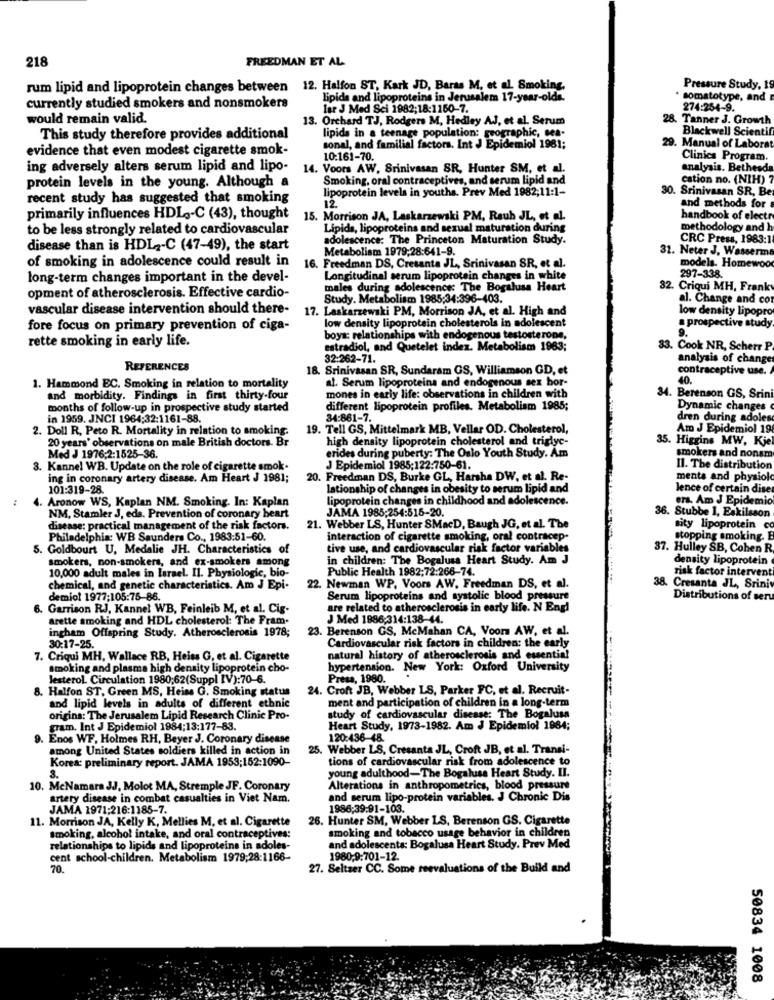
218
FREEDMAN ET AL
rum lipid and lipoprotein changes between 12. Halfon ST, Kark JD, Baras M. et al. Smoking,
Pressure Study, 1
lipids and lipoproteins in Jerusalem 17-year-olda.
. somatotype, and
currently studied smokers and nonsmokers
lar J Med Sci 1982;18:1160-7.
274:254-9.
would remain valid.
13. Orchard TJ, Rodgers M, Hedley AJ, et al. Serum
28. Tanner J. Growth
lipids in a teenage population: geographic, sea-
Blackwell Scientif
This study therefore provides additional
evidence that even modest cigarette smok-
sonal, and familial factors. Int J Epidemiol 1981;
29. Manual of Laborat
10:161-70.
Clinics Program.
ing adversely alters serum lipid and lipo-
14. Voors AW, Srinivasan SR, Hunter SM, et al.
analysis. Bethesda
Smoking, oral contraceptives, and serum lipid and
cation no. (NIH) 7
protein levels in the young. Although a
lipoprotein levels in youths. Prev Med 1982;11:1-
30. Srinivasan SR, Be
recent study has suggested that smoking
12
and methods for
primarily influences HDL .- C (43), thought
15. Morrison JA, Laskarzewski PM, Rauh JL, et al.
handbook of electr
to be less strongly related to cardiovascular
Lipids, lipoproteins and sexual maturation during
methodology and h
adolescence: The Princeton Maturation Study.
CRC Press, 1983:1
disease than is HDL ,- C (47-49), the start
Metabolism 1979;28:641-9.
32. Neter J. Wasserm
of smoking in adolescence could result in
16. Freedman DS, Cresanta JL, Srinivasan SR, et al.
models. Homewoo
long-term changes important in the devel-
Longitudinal serum lipoprotein changes in white
297-338.
opment of atherosclerosis. Effective cardio-
males during adolescence: The Bogalusa Heart
32
Criqui MH, Frank
Study. Metabolism 1985:34:396-403.
al. Change and co
vascular disease intervention should there-
17. Laskarzewski PM, Morrison JA, et al. High and
low density lipopro
low density lipoprotein cholesterols in adolescent
fore focus on primary prevention of ciga-
a prospective study
9.
rette smoking in early life.
boys: relationships with endogenous testosterone,
estradiol, and Quetelet index. Metabolism 1963;
33. Cook NR, Scherr P
32:262-71.
analysis of change
REFERENCES
18. Srinivasan SR, Sundaram GS, Williamson GD, et
contraceptive use.
1. Hammond EC. Smoking in relation to mortality
al. Serum lipoproteins and endogenous sex bor-
40.
and morbidity. Findings in first thirty-four
mones in early life: observations in children with
34. Berenson GS, Srini
months of follow-up in prospective study started
different lipoprotein profiles. Metabolism 1985;
Dynamic changes
in 1959. JNCI 1964:32:1161-88.
34:861-7.
dren during adoles
2. Doll R, Peto R. Mortality in relation to smoking.
19. Tell GS, Mittelmark MB, Vellar OD. Cholesterol,
Am J Epidemiol 19
20 years' observations on male British doctors. Br
high density lipoprotein cholesterol and triglyc-
35. Higgins MW, Kje
Med J 1976;2:1525-36.
erides during puberty: The Oslo Youth Study. Am
smokers and nonsm
3. Kannel WB. Update on the role of cigarette smok.
J Epidemiol 1985:122:750-61.
Il. The distribution
ing in coronary artery disease. Am Heart J 1981;
20. Freedman DS, Burke GL, Harsha DW, et al. Re-
ments and physiol
101:319-28
lationship of changes in obesity to serum lipid and
lence of certain dise
:
4. Aronow WS, Kaplan NM. Smoking. In: Kaplan
lipoprotein changes in childhood and adolescence.
ers. Am J Epidemic
36. Stubbe 1, Eskilsson
NM, Stamler J, eds. Prevention of coronary heart
JAMA 1985;254:516-20.
disease: practical management of the risk factors.
21. Webber LS, Hunter SMacD, Baugh JG. et al. The
sity lipoprotein co
Philadelphia: WB Saunders Co ., 1983:51-60.
interaction of cigarette smoking, oral contracep-
stopping smoking. E
5. Goldbourt U, Medalie JH. Characteristics of
tive use, and cardiovascular risk factor variables
37. Hulley SB, Cohen R
smokers, non-smokers, and ex-smokers among
in children: The Bogalusa Heart Study. Am J
density lipoprotein
10,000 adult males in larael. Il. Physiologic, bio-
Public Health 1982;72:266-74.
risk factor intervent
22. Newman WP. Voors AW. Freedman DS, et al.
chemical, and genetic characteristics. Am J Epi-
38. Cresanta JL, Srini
demiol 1977;105:75-86.
Serum lipoproteins and systolic blood pressure
Distributions of seru
6. Garrison RJ, Kannel WB, Feinleib M, et al. Cig-
are related to atherosclerosis in early life. N Engl
arette smoking and HDL cholesterol: The Fram-
J Med 1886:314:138-44.
ingham Offspring Study. Atherosclerosis 1978;
23. Berenson GS, McMahan CA, Voors AW, et al.
30:17-25.
Cardiovascular risk factors in children: the early
7. Criqui MH. Wallace RB, Heiss G, et al. Cigarette
natural history of atherosclerosis and essential
smoking and plasma high density lipoprotein cho-
hypertension. New York: Oxford University
lesterol Circulation 1980;62(Suppl IV):70-6.
Press, 1980.
. Halfon ST, Green MS, Heiss G. Smoking status
24. Croft JB, Webber LS, Parker FC, et al. Recruit-
ment and participation of children in a long-term
and lipid levels in adults of different ethnic
origins: The Jerusalem Lipid Research Clinic Pro-
study of cardiovascular disease: The Bogalusa
gram. Int J Epidemiol 1984;13:177-83.
Heart Study, 1973-1982. Am J Epidemiol 1984;
9. Enos WF. Holmes RH, Beyer J. Coronary disease
120:436-48.
mong United States soldiers killed in action in
25. Webber LS, Cresanta JL, Croft JB, et al. Transi-
Korea: preliminary report. JAMA 1953;152:1090-
tions of cardiovascular risk from adolescence to
young adulthood-The Bogalusa Heart Study. II.
10. McNamara JJ, Molot MA, Stremple JF. Coronary
Alterations in anthropometrics, blood pressure
artery disease in combat casualties in Viet Nam.
and serum lipo-protein variables. J Chronic Dis
JAMA 1971:216:1186-7.
1986:39:91-103.
11. Morrison JA, Kelly K, Mellies M, et al. Cigarette
26. Hunter SM, Webber LS, Berenson GS. Cigarette
smoking and tobacco usage behavior in children
smoking, alcohol intake, and oral contraceptives:
relationships to lipids and lipoproteins in adoles-
and adolescents: Bogalusa Heart Study. Prev Med
cent school-children. Metabolism 1979;28:1166-
1980;9:701-12.
70.
27. Seltzer CC. Some reevaluations of the Build and
50834 1008